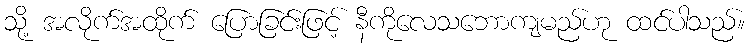
သို့ အလိုက်အထိုက် ပြောခြင်းဖြင့် နီကိုလေသဘောကျမည်ဟု ထင်ပါသည်။